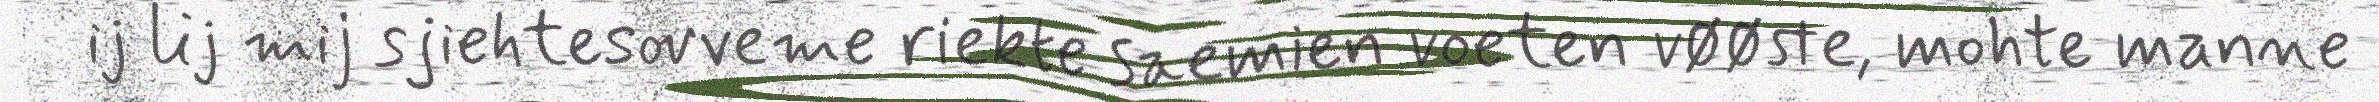
ij lij mij sjiehtesovveme riekte saemien voeten vøøste, mohte manne